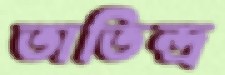
তাতিন্দ্র